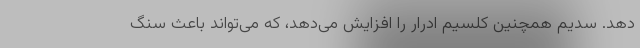
دهد. سدیم همچنین کلسیم ادرار را افزایش می‌دهد، که می‌تواند باعث سنگ